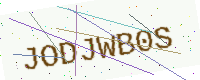
Text: JODJWB0S